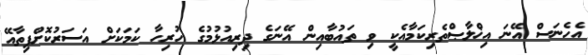
އެހެނަސް އޭނަ އިޚްލާޞްތެރިކަމާއެކީ ވި ތައުބާއިން އޭނަގެ ދިރިއުޅުމުގެ ހުރިހާ ކަމަކަށް އަސަރުކޮށްފިތާއޭ